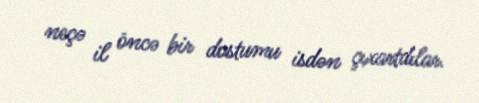
neçə il öncə bir dostumu isdən çıxartdılar.